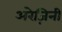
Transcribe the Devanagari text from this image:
अरेज़िनी